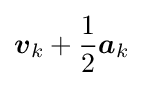
{\boldsymbol {v}}_{k}+{\frac {1}{2}}{\boldsymbol {a}}_{k}